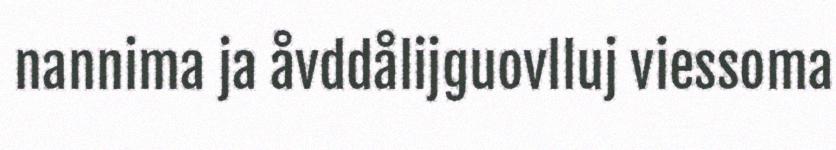
nannima ja åvddålijguovlluj viessoma